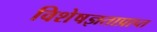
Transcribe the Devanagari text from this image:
विशेषज्ञताप्राप्त